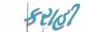
કરાહી